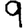
Digit: 9